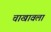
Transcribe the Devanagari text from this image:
चाखावला